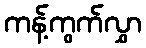
ကန့်ကွက်လွှာ